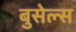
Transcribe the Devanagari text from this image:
बुसेल्स